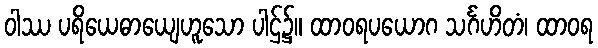
ဝါဿ ပရိယေဓာယျေဟူသော ပါဌ်၌။ ထာဝရပယောဂ သင်္ဂဟိတံ၊ ထာဝရ